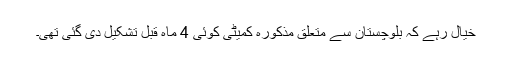
خیال رہے کہ بلوچستان سے متعلق مذکورہ کمیٹی کوئی 4 ماہ قبل تشکیل دی گئی تھی۔